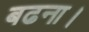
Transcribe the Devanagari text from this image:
बढना।